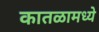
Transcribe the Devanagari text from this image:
कातळामध्ये